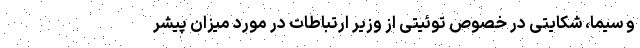
و سیما، شکایتی در خصوص توئیتی از وزیر ارتباطات در مورد میزان پیشر